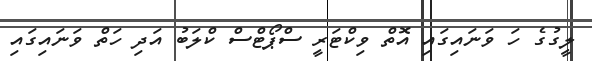
ލީގުގެ ހަ ވަނައިގައި އޮތް ވިކްޓަރީ ސްޕޯޓްސް ކްލަބު އަދި ހަތް ވަނައިގައި